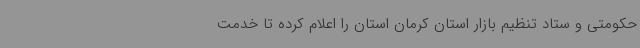
حکومتی و ستاد تنظیم بازار استان کرمان استان را اعلام کرده تا خدمت